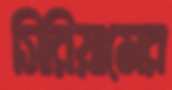
সিরিয়ামের